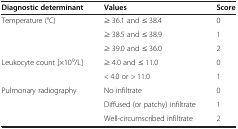
<table><thead><tr><td><b>Diagnostic determinant</b></td><td><b>Values</b></td><td><b>Score</b></td></tr></thead><tbody><tr><td>Temperature (°C)</td><td>≥ 36.1 and ≤ 38.4</td><td>0</td></tr><tr><td> </td><td>≥ 38.5 and ≤ 38.9</td><td>1</td></tr><tr><td> </td><td>≥ 39.0 and ≤ 36.0</td><td>2</td></tr><tr><td>Leukocyte count [×10<sup>9</sup>/L]</td><td>≥ 4.0 and ≤ 11.0</td><td>0</td></tr><tr><td> </td><td>&lt; 4.0 or &gt; 11.0</td><td>1</td></tr><tr><td>Pulmonary radiography</td><td>No infiltrate</td><td>0</td></tr><tr><td> </td><td>Diffused (or patchy) infiltrate</td><td>1</td></tr><tr><td> </td><td>Well-circumscribed infiltrate</td><td>2</td></tr></tbody></table>